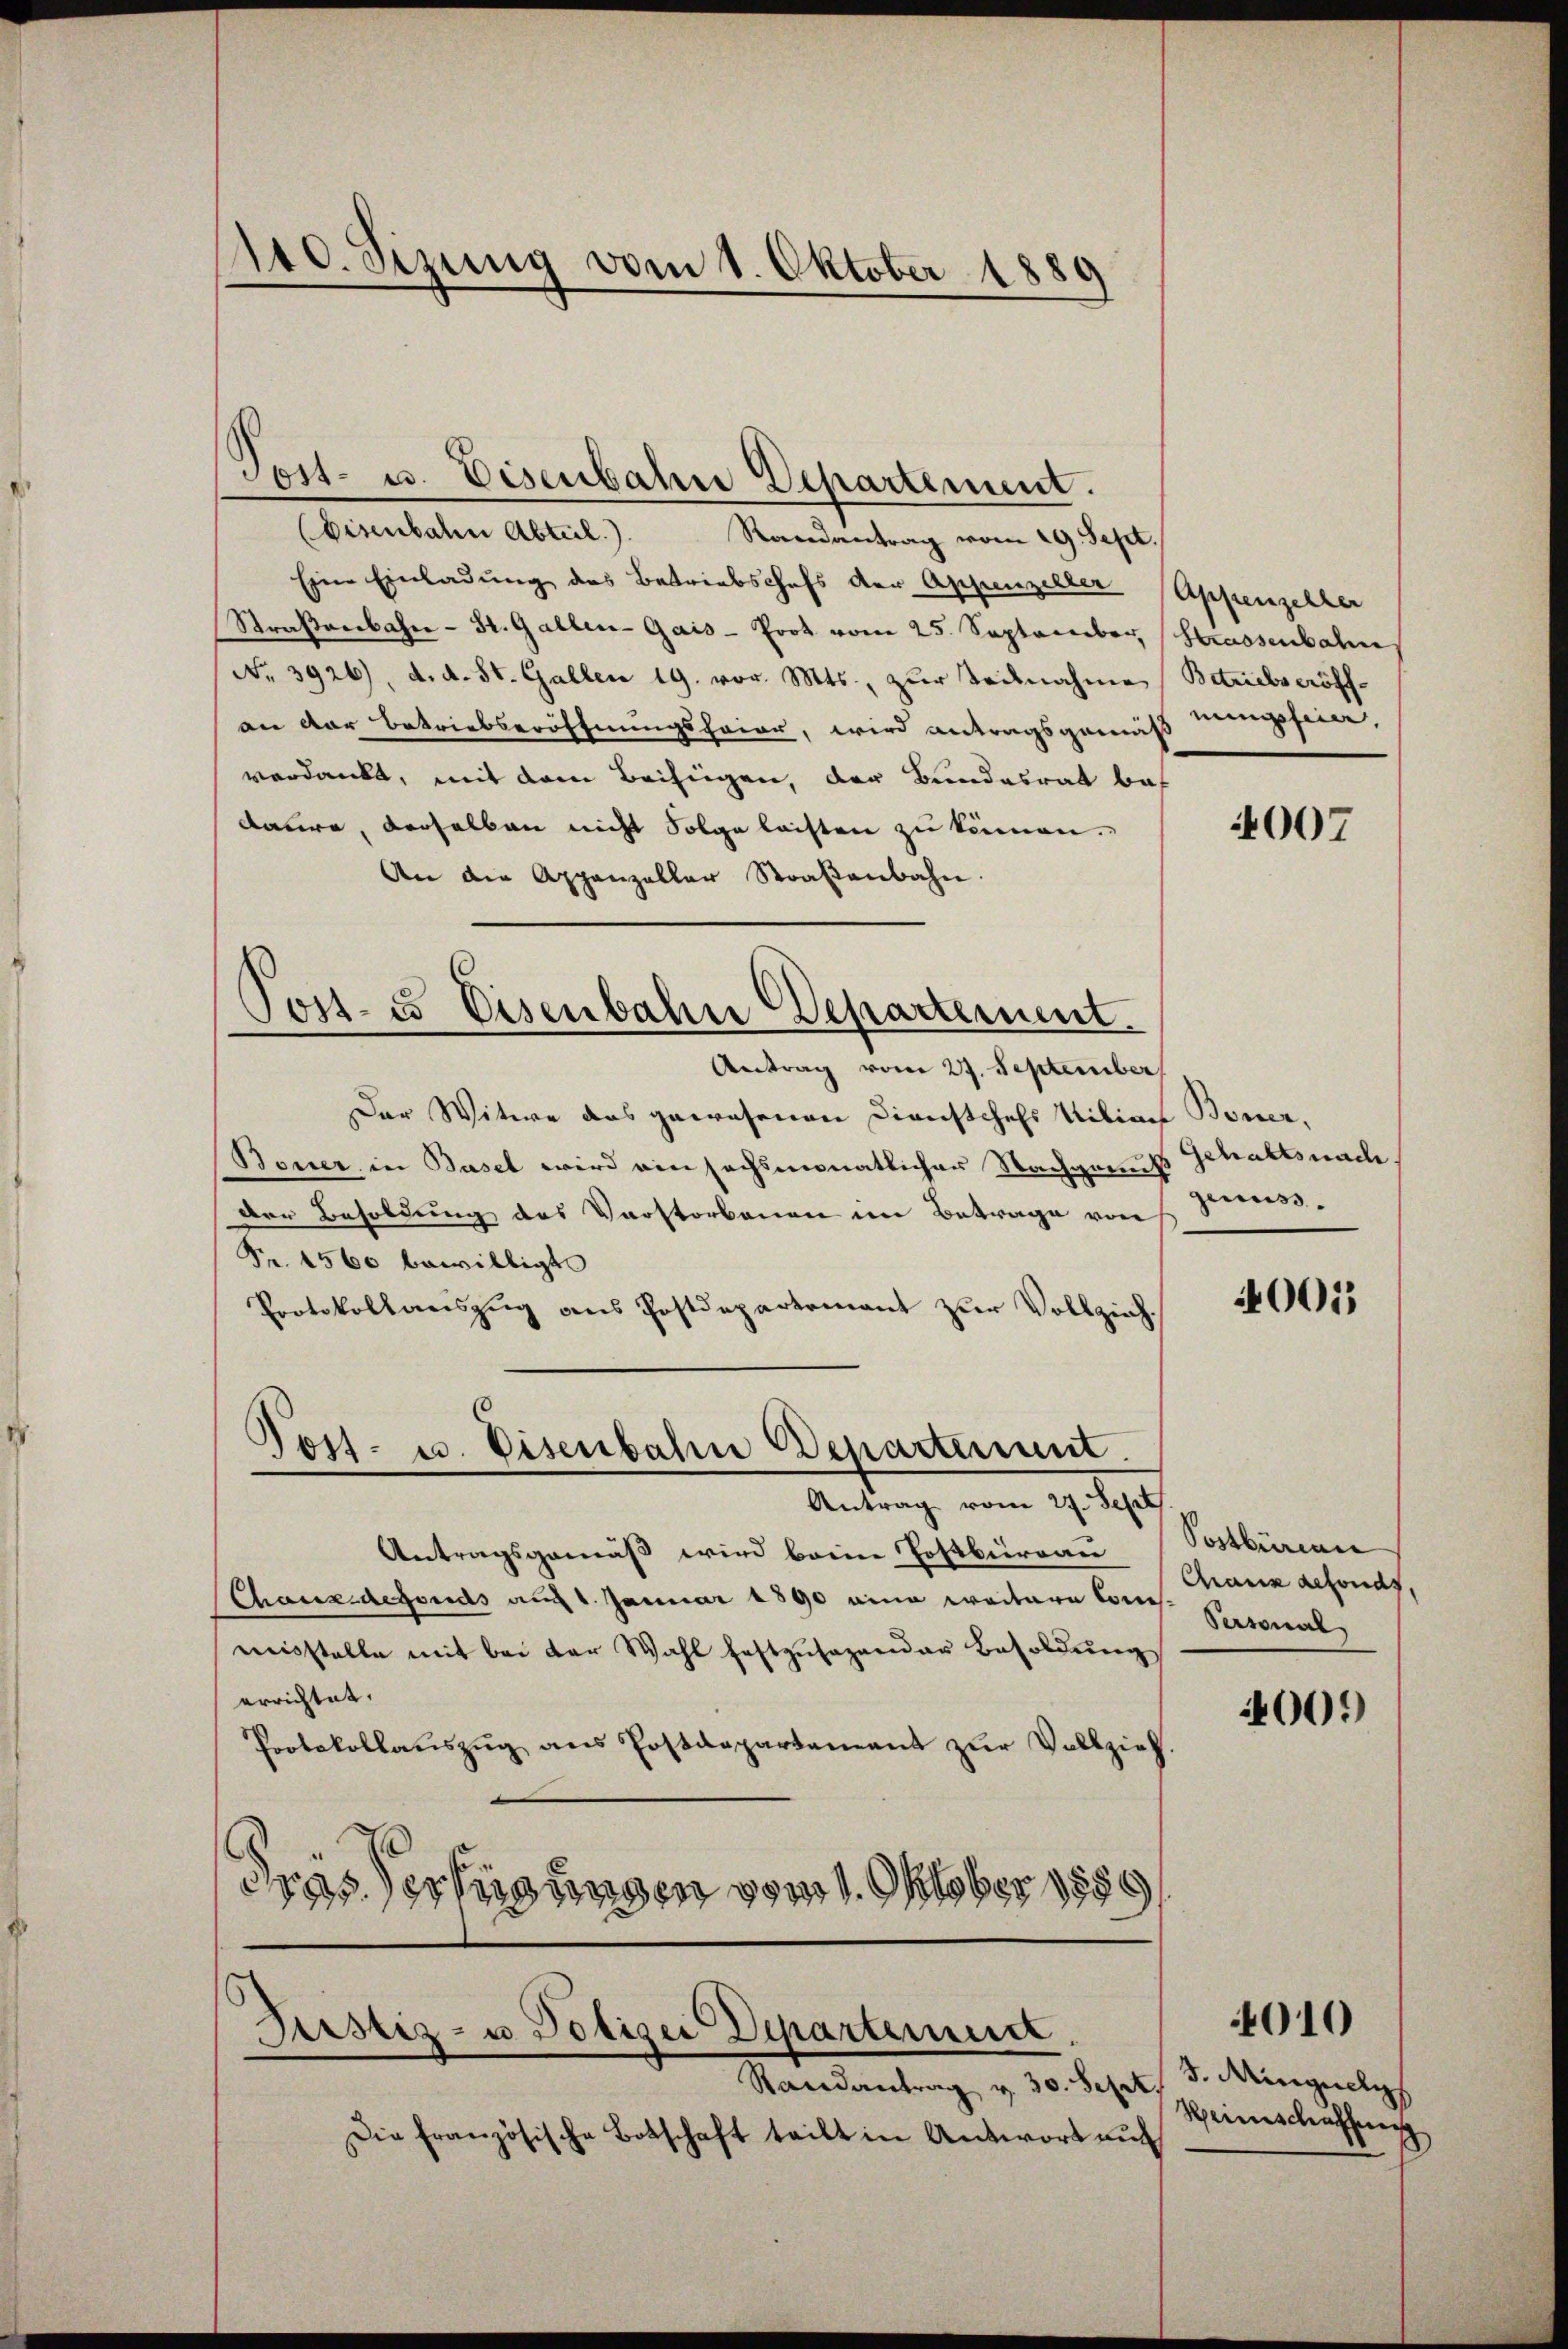
140. Sizung vom 1. Oktober 1889

(Eisenbalen Abteil.). Randantrag vom 29. Sept.
Eine Einladung des Betriebschefs der Appenzeller Appenzeller
Straßenbahn-St. Gallen-Gais - Prot vom 25. September Strassenbahn
No. 3926), d. d. St. Gallen 19. vor. Mts., zur Teilnahme Betriebseröff-
an der Betriebseröffnungsfeier, wird antragsgemäß nigsein,
verdankt, mit dem Beifügen, der Bundesrat bes
daure, derselben nicht Folge leisten zu können.
An die Appenzellar Straβenbahn
Post- & Eisenbahre Departement
Antrag vom 27. September
Der Witwe das gewesenen Dienstchels Miliach Boner,
Boner, in Basel wird ein sechsmonatlicher Nachgrund Schaftsnach.
Der Besoldung des Verstorbenen im Betrage von Zins¬
Fr. 1560 bewilligt
Protokollauszug aus Postdepartement zur Vollzieh¬
Post- u. Eisenbahn Departement.

Tost- u. Eisenbahn Departement.

Antrag vom 27. Sept
Antragsgemäß wird beim Postbüreau (Postbüreau
Chaux-defonds auf 4. Januar 1890 eine weitere Consmisstelle mit bei der Wahl festzusagender Besoldung
errichtet.
Protokollaŭszŭg ans Postdepartamant zŭr Vollzieh.
Fras erfügungen vom 1. Oktober 1889

Justiz- u Polizei Departement.

Randantrag v. 30. Sept.
Die französische Botschaft teilt in Antwort aŭf

4007

4001

Granz gefonds,
Personal

4001)

S. Minguely
Weinschaffung

4010